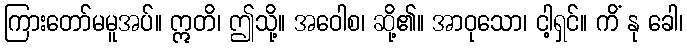
ကြားတော်မမူအပ်။ ဣတိ၊ ဤသို့။ အဝေါစ၊ ဆို့၏။ အာဝုသော၊ ငါ့ရှင်။ ကိံ နု ခေါ၊